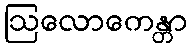
ဩလောကေန္တာ